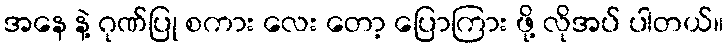
အနေ နဲ့ ဂုဏ်ပြု စကား လေး တော့ ပြောကြား ဖို့ လိုအပ် ပါတယ်။